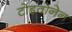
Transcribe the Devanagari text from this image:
टोइवोनेन